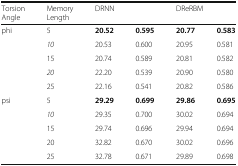
<table><thead><tr><td><b>Torsion Angle</b></td><td><b>Memory Length</b></td><td colspan="2"><b>DRNN</b></td><td colspan="2"><b>DReRBM</b></td></tr></thead><tbody><tr><td rowspan="5">phi</td><td>5</td><td><b>20.52</b></td><td><b>0.595</b></td><td><b>20.77</b></td><td><b>0.583</b></td></tr><tr><td><i>10</i></td><td>20.53</td><td>0.600</td><td>20.95</td><td>0.581</td></tr><tr><td>15</td><td>20.74</td><td>0.589</td><td>20.81</td><td>0.582</td></tr><tr><td><i>20</i></td><td>22.20</td><td>0.539</td><td>20.90</td><td>0.580</td></tr><tr><td>25</td><td>22.16</td><td>0.541</td><td>20.82</td><td>0.586</td></tr><tr><td rowspan="5">psi</td><td>5</td><td><b>29.29</b></td><td><b>0.699</b></td><td><b>29.86</b></td><td><b>0.695</b></td></tr><tr><td><i>10</i></td><td>29.35</td><td>0.700</td><td>30.02</td><td>0.694</td></tr><tr><td>15</td><td>29.74</td><td>0.696</td><td>29.94</td><td>0.694</td></tr><tr><td>20</td><td>32.82</td><td>0.670</td><td>30.02</td><td>0.696</td></tr><tr><td>25</td><td>32.78</td><td>0.671</td><td>29.89</td><td>0.698</td></tr></tbody></table>